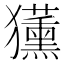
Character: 𭸳